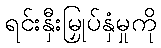
ရင်းနှီးမြှုပ်နှံမှုကို